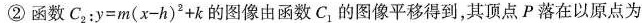
②函数$$C_{2}：y=m(x-h)^{2}+k$$的图像由函数C_{1}的图像平移得到，其顶点P落在以原点为